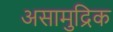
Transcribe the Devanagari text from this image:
असामुद्रिक